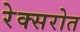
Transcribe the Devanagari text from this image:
रेक्सरोत